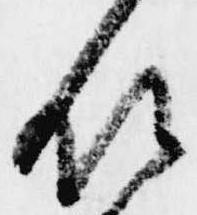
領